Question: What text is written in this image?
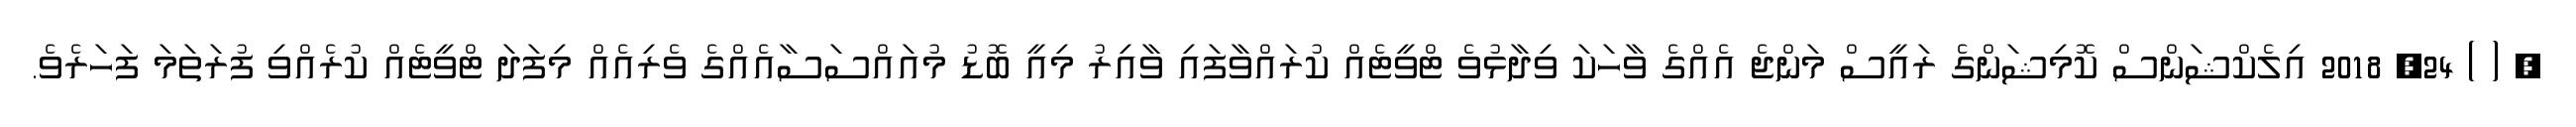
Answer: , ( ) 24, 2018 އިލެކްޝަންސް ކޮމިޝަންގެ ރައީސް މަންޖެ އެއްގެ ވާހަކަ ވިދާޅުވެ ޓްވީޓެއް ކުރައްވާފައި ވާއިރު މިއީ ބޮޑު މުއައްސަސާއެއްގެ ވެރިއެއް މިފަދަ ޓްވީޓެއް ކުރެއްވި ފުރަތަމަ ފަހަރެވެ.